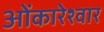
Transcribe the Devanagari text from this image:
ओंकारेश्वार